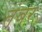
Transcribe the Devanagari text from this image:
तंबर